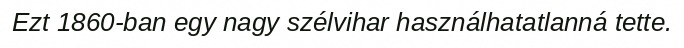
Ezt 1860-ban egy nagy szélvihar használhatatlanná tette.